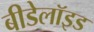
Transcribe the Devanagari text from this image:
बीडेलॉइड